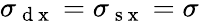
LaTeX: \sigma_{\mathrm{~d~x~}}=\sigma_{\mathrm{~s~x~}}=\sigma